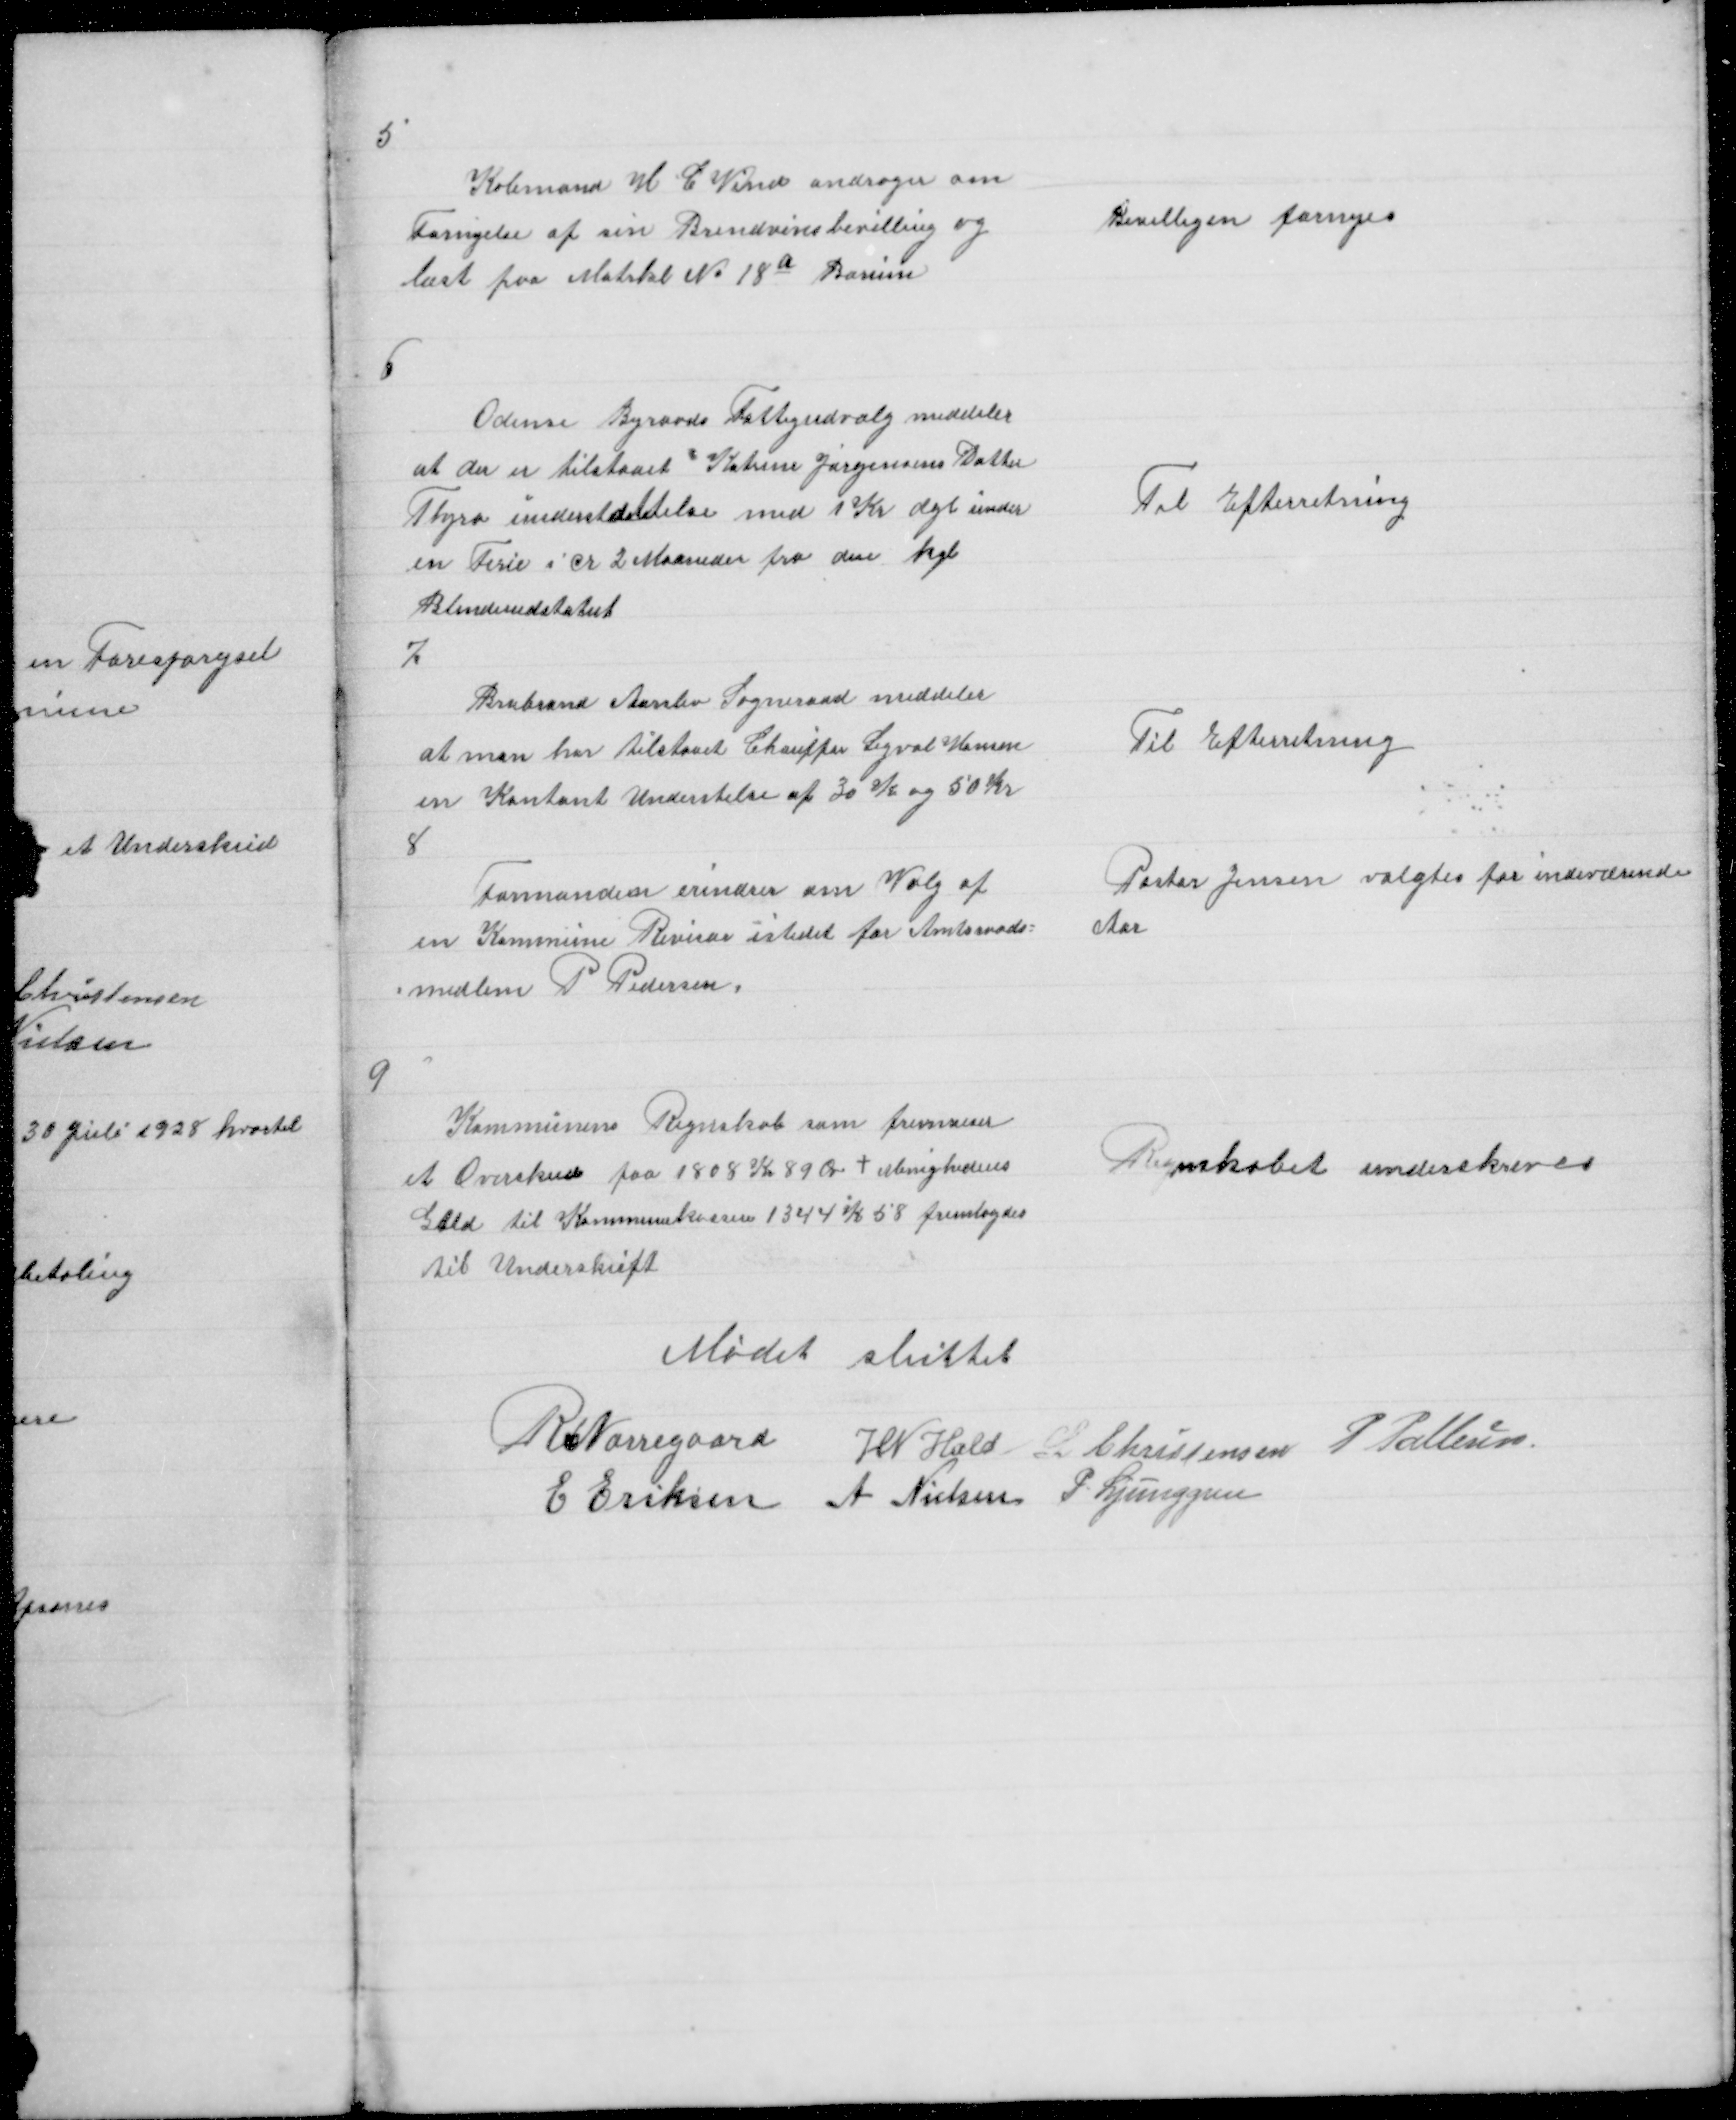
Transskription:
5

Købmand H C Vind andrager om
Fornyelse af sin Brendevinsbevilling og
læst paa Matrkl No 18 a Borum

Bevilligen fornyes

6

Odense Byraads Fattigudvalg meddeler
at der er tilstaaet Katrine Jørgensens datter
Thyra understøttelse med 1 Kr dgl under
en Ferie i cr 2 Maaneder fra den kgl
Blindeindstatut

Til Efterretning

7

Brabrand Aarslev Sogneraad meddeler
at man har tilstaaet Chauffør Sigval Hansen
en Kontnant Understøttelse af 30 K og 50 Kr

Til Efterretning

8

Formanden erindrer om Valg af
en Kommune Revisor istedet for Amtsraads =
= medlem P Pedersen

Pastor Jensen valgtes for indeværende
Aar

9

Kommunens Regnskab som fremviser
et Overskud paa 1808 Kr 89 Ør + Menighedens
Gæld til Kommunekassen 1344 K 58 fremlagdes
til Underskrift

Regnskabet underskreves

Mødet sluttet
R Nørregaard
H N Hald L Christensen P Pallesen
E Eriksen A Nielsen P Ljunggren